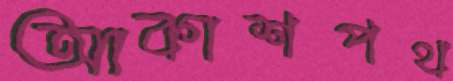
আকাশপথ